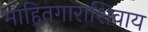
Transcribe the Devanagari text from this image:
माहितगाराशिवाय